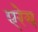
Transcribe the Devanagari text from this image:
एरेय